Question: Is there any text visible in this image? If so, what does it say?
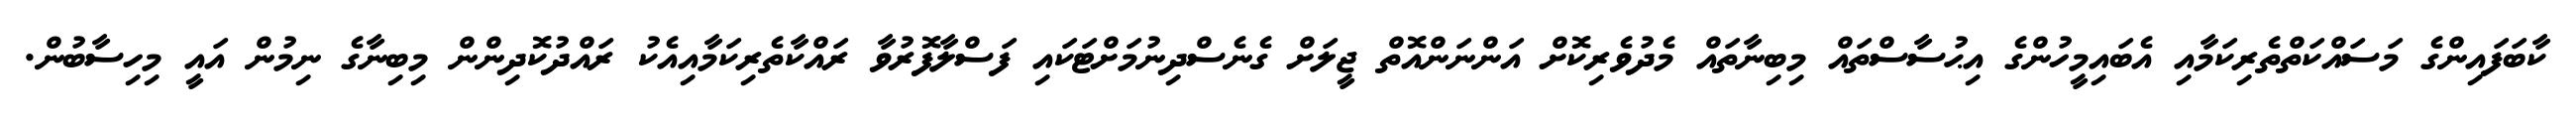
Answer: ކާބަފައިންގެ މަސައްކަތްތެރިކަމާއި އެބައިމީހުންގެ އިޙުސާސްތައް މިބިނާތައް މެދުވެރިކޮށް އަންނަންއޮތް ޖީލަށް ގެނެސްދިނުމަށްޓަކައި ފަސްލާފޮރުވާ ރައްކާތެރިކަމާއިއެކު ރައްދުކޮދިންން މިބިނާގެ ނިމުން އައީ މިހިސާބުން.